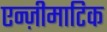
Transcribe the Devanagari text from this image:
एन्ज़ीमाटिक